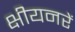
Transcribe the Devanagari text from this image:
क्षीयनरें